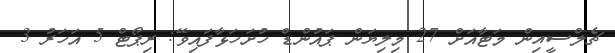
ޗެލްސީއިން މަޓާއަށް 27 މިލިޔަން ޕައުންޑް ހުށަހަޅާފައިވޭ: ރިޕޯޓް 5 އަހަރު 3